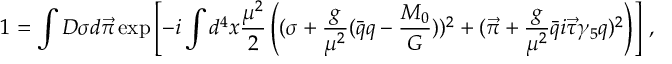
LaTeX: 1 = \int D \sigma d \vec { \pi } \exp \left[ - i \int d ^ { 4 } x { \frac { \mu ^ { 2 } } { 2 } } \left( ( \sigma + { \frac { g } { \mu ^ { 2 } } } ( \bar { q } q - { \frac { M _ { 0 } } { G } } ) ) ^ { 2 } + ( \vec { \pi } + { \frac { g } { \mu ^ { 2 } } } \bar { q } i \vec { \tau } \gamma _ { 5 } q ) ^ { 2 } \right) \right] \, ,